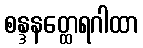
စန္ဒနတ္ထေရဂါထာ